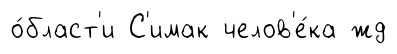
о́бласт'и С'имак челов'е́ка жд